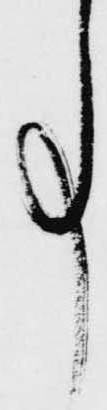
事